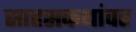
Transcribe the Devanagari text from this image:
साहसकथांवर